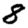
Digit: 8